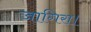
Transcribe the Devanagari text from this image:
जागिरा।